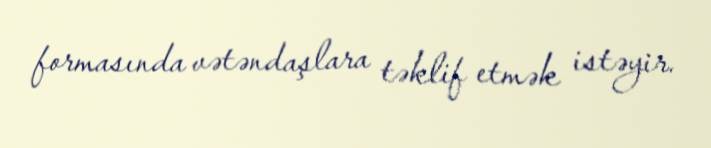
formasında vətəndaşlara təklif etmək istəyir.